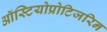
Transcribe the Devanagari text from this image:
ऑस्टियोप्रोटिजरिन